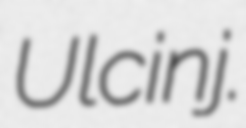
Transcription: Ulcinj.